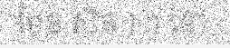
មែន សិន ) ។ នៅ